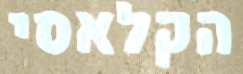
הקלאסי